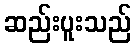
ဆည်းပူးသည်